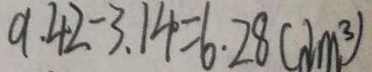
9 . 4 2 - 3 . 1 4 = 6 . 2 8 ( d m ^ { 3 } )